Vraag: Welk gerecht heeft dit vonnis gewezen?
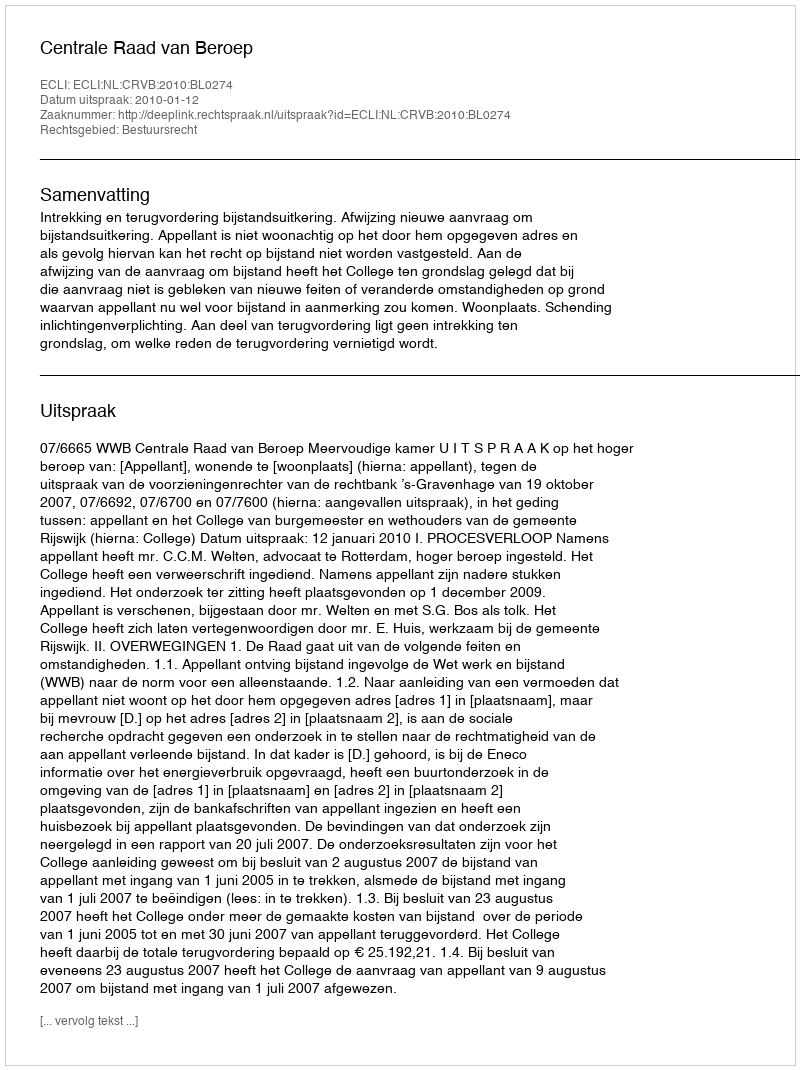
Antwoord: Centrale Raad van Beroep